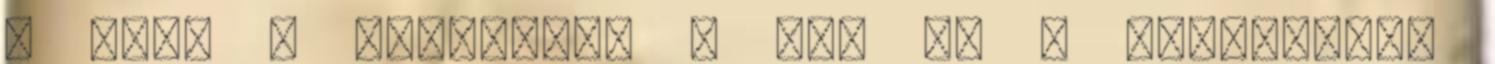
▪ Brit ▪ Négyesben ▪ Két Nő ▪ Maszturbál